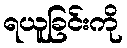
ရယူခြင်းကို